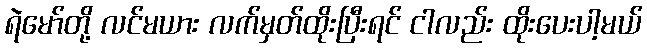
ရဲမော်တို့ လင်မယား လက်မှတ်ထိုးပြီးရင် ငါလည်း ထိုးပေးပါ့မယ်